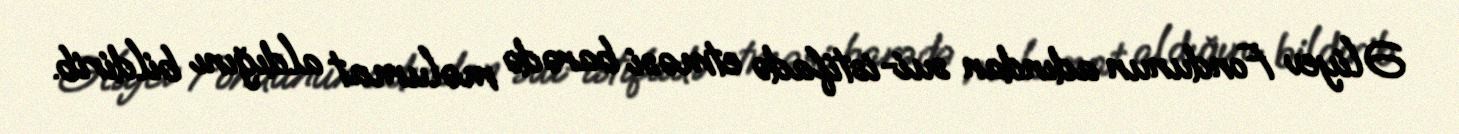
Əliyev Fondunun adından sui-istifadə etməsi barədə məlumat aldığını bildirib.